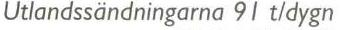
Utlandssändningarna 91 t/dygn